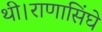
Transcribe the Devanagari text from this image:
थी।राणासिंघे